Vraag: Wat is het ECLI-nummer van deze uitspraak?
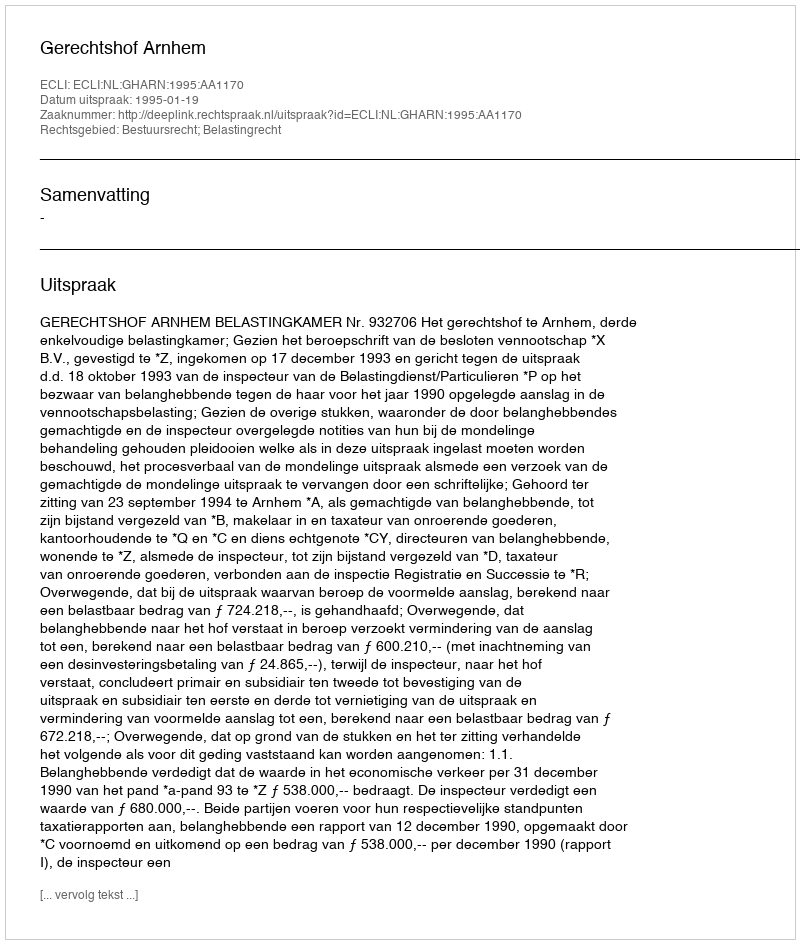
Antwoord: ECLI:NL:GHARN:1995:AA1170